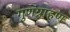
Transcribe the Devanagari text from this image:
गुणग्राहण